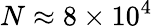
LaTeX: N\approx 8\times 10^{4}